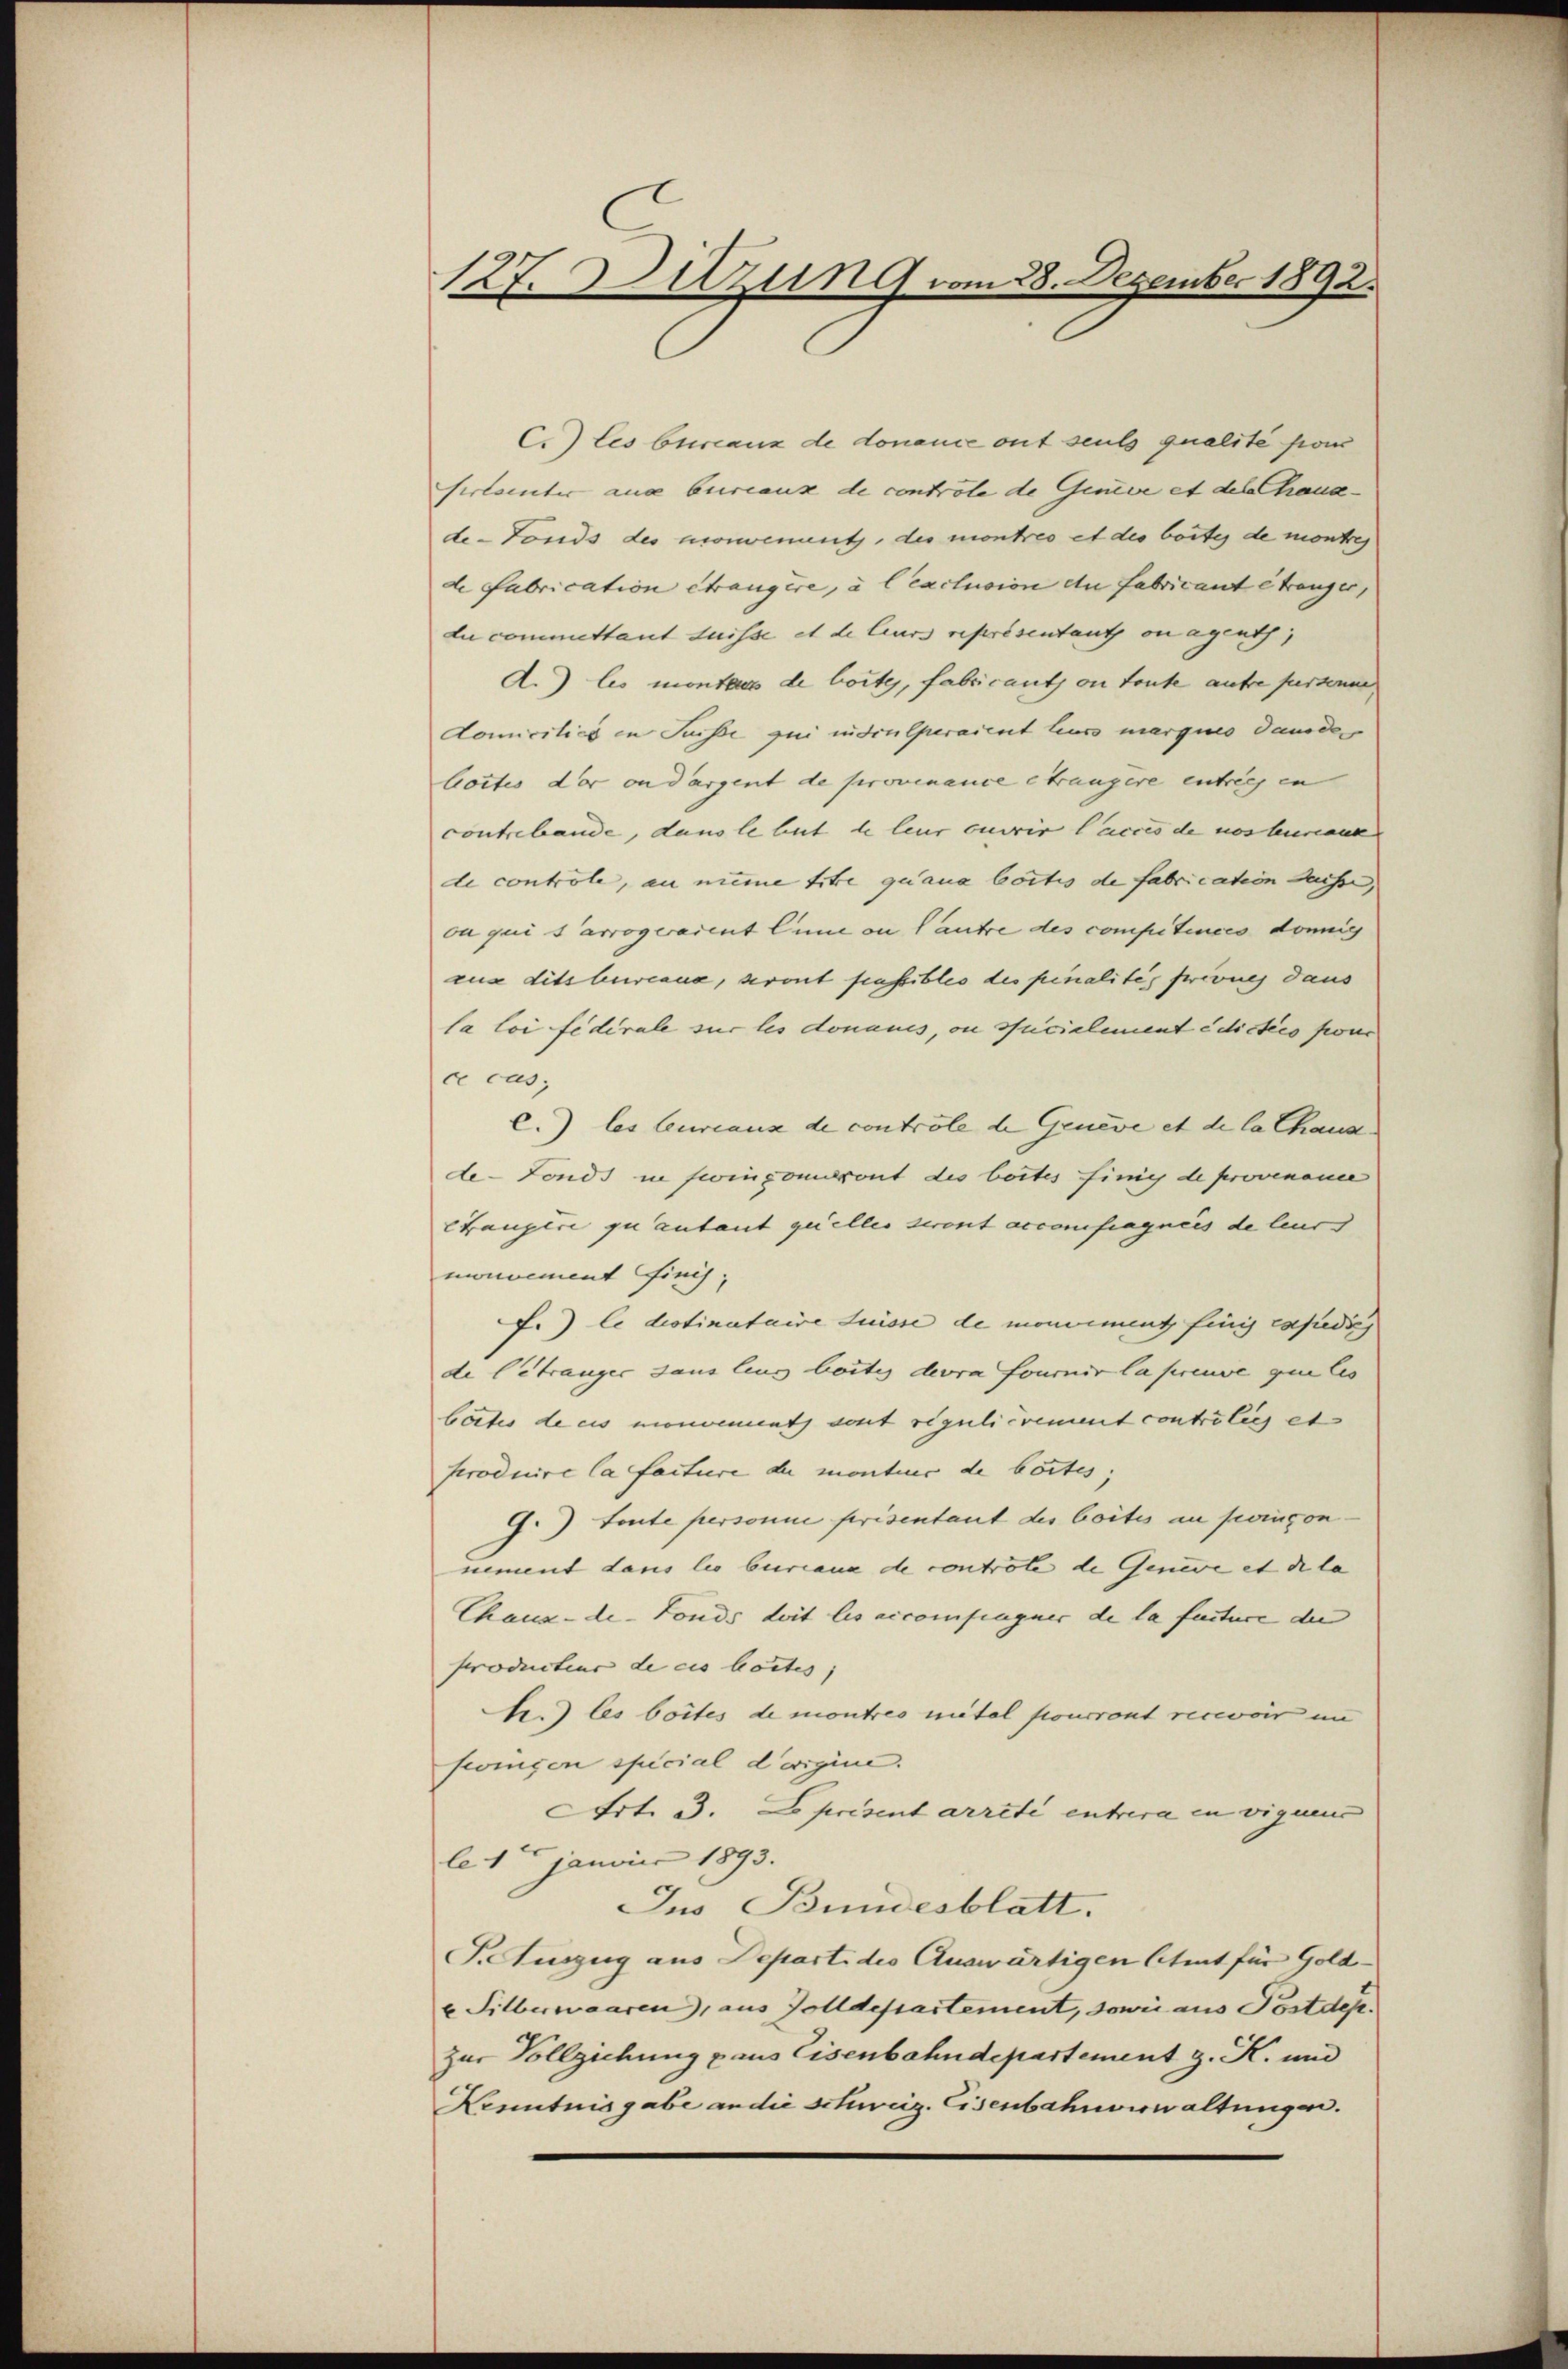
127. Auzung vom 28. Dezember 1892.

C.) les Ctscanz de donance ont seuls qualité son
sertanter aus bureaux de controle de Geneve et deshaus-
de-Fonds des morement, der montres et des beite de montres
de Fabrication étrangire, à l’exclusion an Fabricant étranger,
du committant suisse et de leurs représentant on agenth
A.) les montes de bottes, fabricant ou toute autre fursenme
domicilics in Suisse qui iudiulperaient leurs marques Sander
bottes der oudargent de provenance étrangere entrichen
contrebande, dans le tut de leur currir l’acces de nos teureau
de controle, an meine titre quana boctis de fabrication desse,
ou qui s arrogeraient linne an Lautre des compitinces donig
aus dits beweana, seront passibles des pinalités privues daus
la loi fédérale sur les donaues, ou specialement edictico fon
ce cas,
C.) les Curiaux de controle de Geneve et de la Chaus
de-Fonds in seinpomoront des bottes finie de provenaue
Cauperi quantant quelles seront accomfragneis de leur
mnvement finis,
F.) Ce drotinataire Luisse de moniement finis expedieg
de betranger dans lius beites devra fournir la preuve qui les
bortes de ces monoement, sont régulicvement contrölich et
produire la facture de montier de boites;
G.) toute personne prisentant des boites an pringon
nement dans lis buriana de contrôle de Geneve et die la |
Chaux-de-Fonds Leit les accompagner de la facture der
Productior de ces beites |
h.) Es boites de montres metal pourront recevoir in
ftönigen special d’origine.
Art. 3. Le prisent arrêté entrera in vigues
le 1 Januar 1893.
Jus Bundesblatt.
T.Auszug aus Departi des Auswärtigen letzt für Gold¬
 Silberwaaren), aus Zolldepartement, sowie aus Postdep
zur Vollziehung aus Eisenbahndepartement z. K. und
Kenntnisgabe an die schweiz. Eisenbahnverwaltungen.